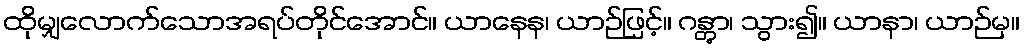
ထိုမျှလောက်သောအရပ်တိုင်အောင်။ ယာနေန၊ ယာဉ်ဖြင့်။ ဂန္တွာ၊ သွား၍။ ယာနာ၊ ယာဉ်မှ။